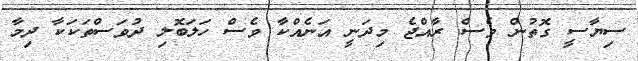
ސިޔާސީ ގޮތުން ވެސް ރާއްޖެ މިދަނީ އަނެއްކާ ވެސް ހަލަބޮލި ދުވަސްތަކަކާ ދިމާ